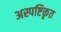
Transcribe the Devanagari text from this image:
अस्पष्टिकृत